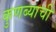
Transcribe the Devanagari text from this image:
कुणब्याची